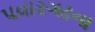
પવારગઢના